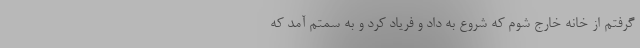
گرفتم از خانه خارج شوم که شروع به داد و فریاد کرد و به سمتم آمد که